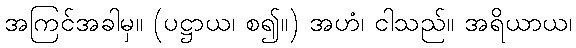
အကြင်အခါမှ။ (ပဋ္ဌာယ၊ စ၍။) အဟံ၊ ငါသည်။ အရိယာယ၊